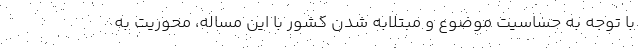
با توجه به حساسیت موضوع و مبتلابه شدن کشور با این مساله، محوریت به